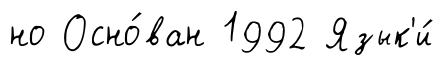
но Осно́ван 1992 Язык'и́